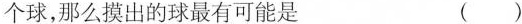
个球，那么摸出的球最有可能是 ()